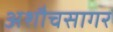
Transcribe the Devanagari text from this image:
अशौचसागर